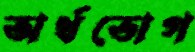
অর্থভোগ